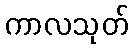
ကာလသုတ်